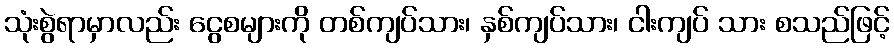
သုံးစွဲရာမှာလည်း ငွေစများကို တစ်ကျပ်သား၊ နှစ်ကျပ်သား၊ ငါးကျပ် သား စသည်ဖြင့်